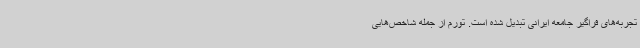
تجربه‌های فراگیر جامعه ایرانی تبدیل شده است. تورم از جمله شاخص‌هایی